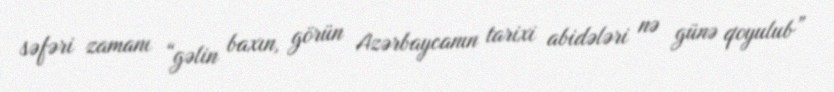
səfəri zamanı “gəlin baxın, görün Azərbaycanın tarixi abidələri nə günə qoyulub”